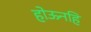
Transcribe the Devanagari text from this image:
होऊनहि